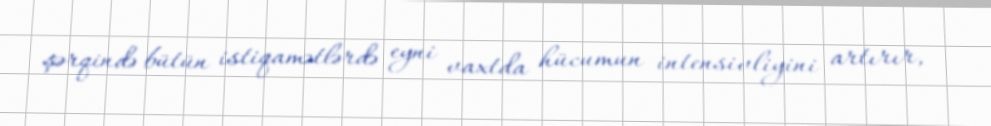
şərqində bütün istiqamətlərdə eyni vaxtda hücumun intensivliyini artırır,